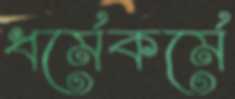
ধর্মেকর্মে